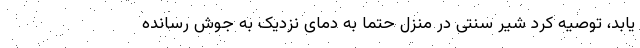
یابد، توصیه کرد شیر سنتی در منزل حتماً به دمای نزدیک به جوش رسانده